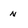
Character: N